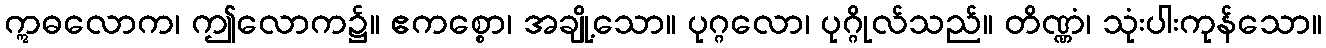
ဣဓလောက၊ ဤလောက၌။ ဧကစ္စော၊ အချို့သော။ ပုဂ္ဂလော၊ ပုဂ္ဂိုလ်သည်။ တိဏ္ဏံ၊ သုံးပါးကုန်သော။